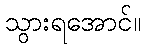
သွားရအောင်။